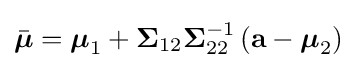
{\bar {\boldsymbol {\mu }}}={\boldsymbol {\mu }}_{1}+{\boldsymbol {\Sigma }}_{12}{\boldsymbol {\Sigma }}_{22}^{-1}\left(\mathbf {a} -{\boldsymbol {\mu }}_{2}\right)